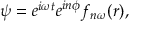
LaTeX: \psi = e ^ { i \omega t } e ^ { i n \phi } f _ { n \omega } ( r ) ,